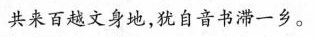
共来百越文身地，犹自音书滞一乡。